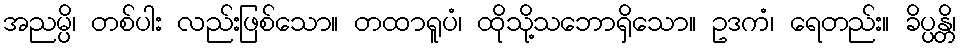
အညမ္ပိ၊ တစ်ပါး လည်းဖြစ်သော။ တထာရူပံ၊ ထိုသို့သဘောရှိသော။ ဥဒကံ၊ ရေတည်း။ ခိပ္ပန္တိ၊